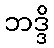
ဘဒ္ဒိ